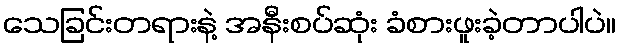
သေခြင်းတရားနဲ့ အနီးစပ်ဆုံး ခံစားဖူးခဲ့တာပါပဲ။